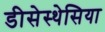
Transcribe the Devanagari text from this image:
डीसेस्थेसिया